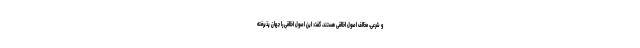
و شرعی، مخالف اصول اخلاقی هستند، گفت: این اصول اخلاقی را جهان پذیرفته